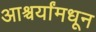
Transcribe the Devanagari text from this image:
आश्चर्यांमधून